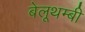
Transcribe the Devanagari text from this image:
बेलूथम्बी